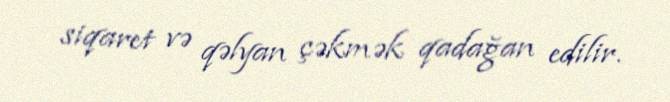
siqaret və qəlyan çəkmək qadağan edilir.